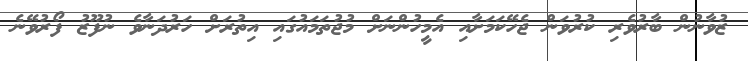
ޒުވާނުން ބާރުވެރި ކުރުވަން ޖެހޭކަމަށާއި އެމީހުންނަށް މުޖުތަމައުގައި އިތުރަށް ހަރުދަނާވެ ނުފޫޒު ފޯރުވޭނެ